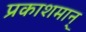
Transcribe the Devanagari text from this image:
प्रकाशमान्‌